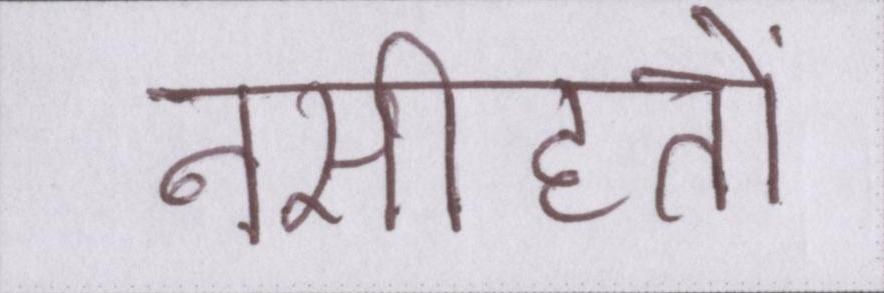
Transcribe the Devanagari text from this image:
नसीहतों